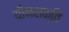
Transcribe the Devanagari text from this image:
यौनशक्ति